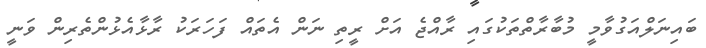
ބައިނަލްއަގުވާމީ މުބާރާތްތަކުގައި ރާއްޖެ އަށް ރީތި ނަން އެތައް ފަހަރަކު ރާޅާއެޅުންތެރިން ވަނީ